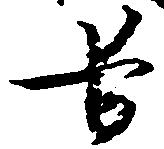
臣